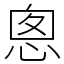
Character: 悤